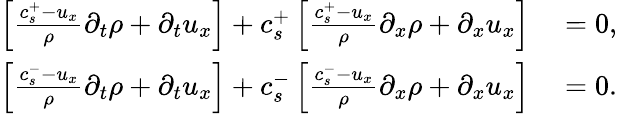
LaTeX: \begin{array}{rl}{\left[\frac{c_{s}^{+}-u_{x}}{\rho}\partial_{t}\rho+\partial_{t}u_{x}\right]+c_{s}^{+}\left[\frac{c_{s}^{+}-u_{x}}{\rho}\partial_{x}\rho+\partial_{x}u_{x}\right]}&{{}=0,}\\ {\left[\frac{c_{s}^{-}-u_{x}}{\rho}\partial_{t}\rho+\partial_{t}u_{x}\right]+c_{s}^{-}\left[\frac{c_{s}^{-}-u_{x}}{\rho}\partial_{x}\rho+\partial_{x}u_{x}\right]}&{{}=0.}\end{array}